Indian journal of veterinary science and animal husbandry - Volume 2,
Year: 1932
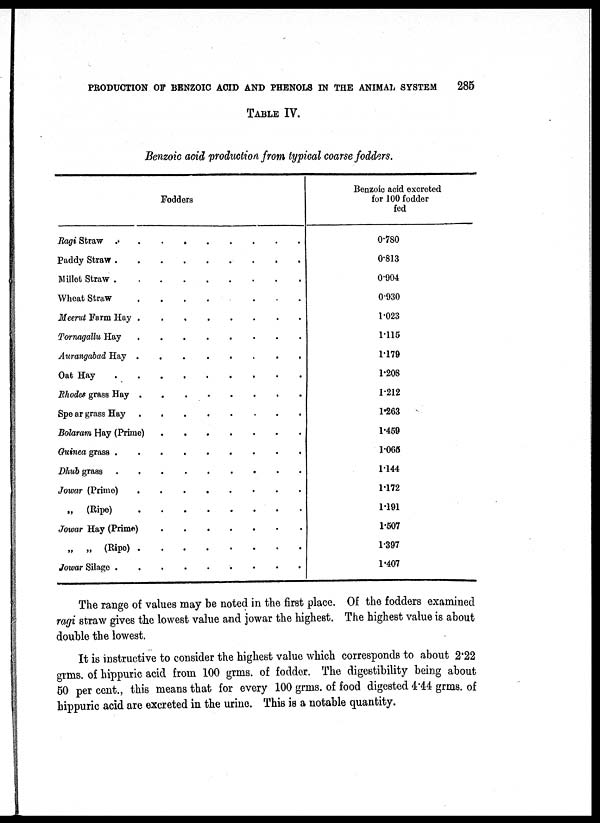
PRODUCTION OF BENZOIC ACID AND PHENOLS IN THE ANIMAL SYSTEM
285
TABLE IV.
Benzoic acid production from typical coarse fodders.
Fodders
Ragi Straw
......
Paddy Straw
.....
Millet Straw .
Wheat Straw
.....
Meerut Farm Hay .
Tornagallu Hay
Aurangabad Hay .
Oat Hay
Rhodes grass Hay .
Spe ar grass Hay
Bolaram Hay (Prime)
Guinea grass .
Dhub grass
Jowar (Prime)
.
„ (Ripe)
Jowar Hay (Prima)
„ „ (Ripe) .
Jowar Silage .
Benzoic acid excreted
for 100 fodder
fed
0.780
0.813
0.904
0.930
1.023
1.115
1.179
1.208
1.212
1.263
1.459
1.065
1.144
1.172
1.191
1.507
1.397
1.407
The range of values may be noted in the first place. Of the fodders examined
ragi straw gives the lowest value and jowar the highest. The highest value is about
double the lowest.
It is instructive to consider the highest value which corresponds to about 2.22
grms, of hippuric acid from 100 grms, of fodder. The digestibility being about
50 per cent., this means that for every 100 grms, of food digested 4.44 grms, of
hippuric acid are excreted in the urine. This is a notable quantity.